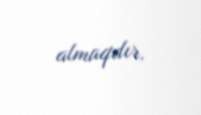
almaqdır.